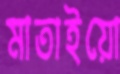
মাতাইয়ো